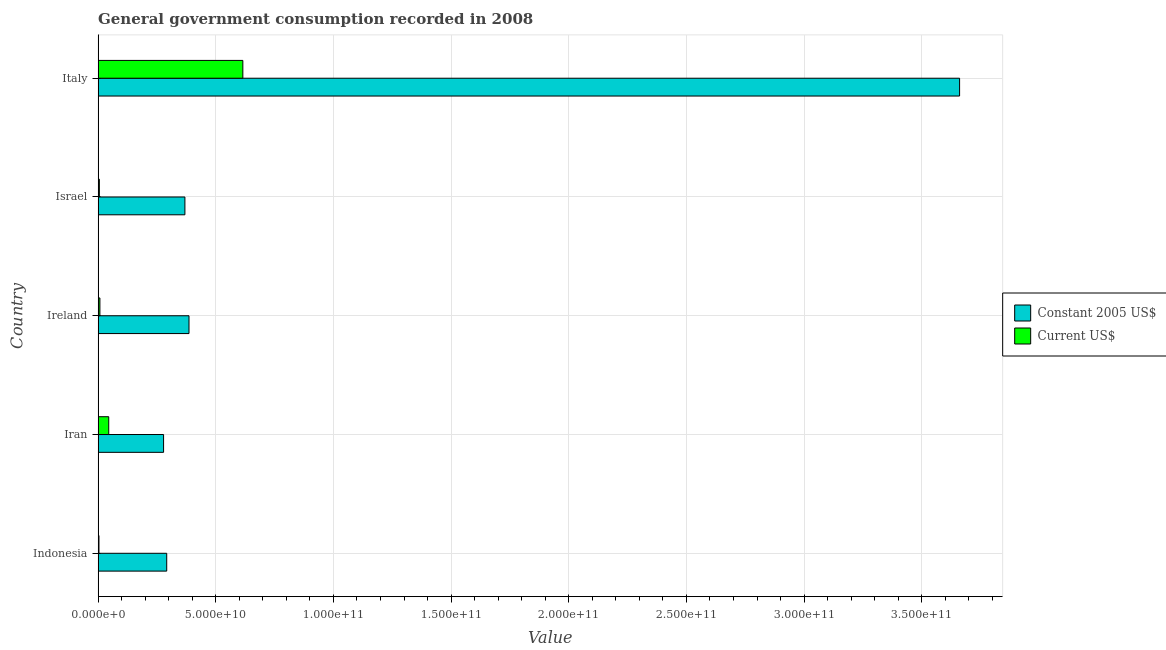
| Country | Constant 2005 US$ | Current US$ |
 | --- | --- | --- |
 | Indonesia | 2.92e+10 | 3.64e+08 |
 | Iran | 2.78e+10 | 4.51e+09 |
 | Ireland | 3.86e+10 | 7.61e+08 |
 | Israel | 3.69e+10 | 5.3e+08 |
 | Italy | 3.66e+11 | 6.15e+10 |